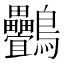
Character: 䴑